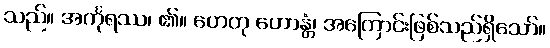
သည်။ အင်္ကုရဿ၊ ၏။ ဟေတု ဟောန္တံ၊ အကြောင်းဖြစ်သည်ရှိသော်။